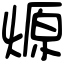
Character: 㷧